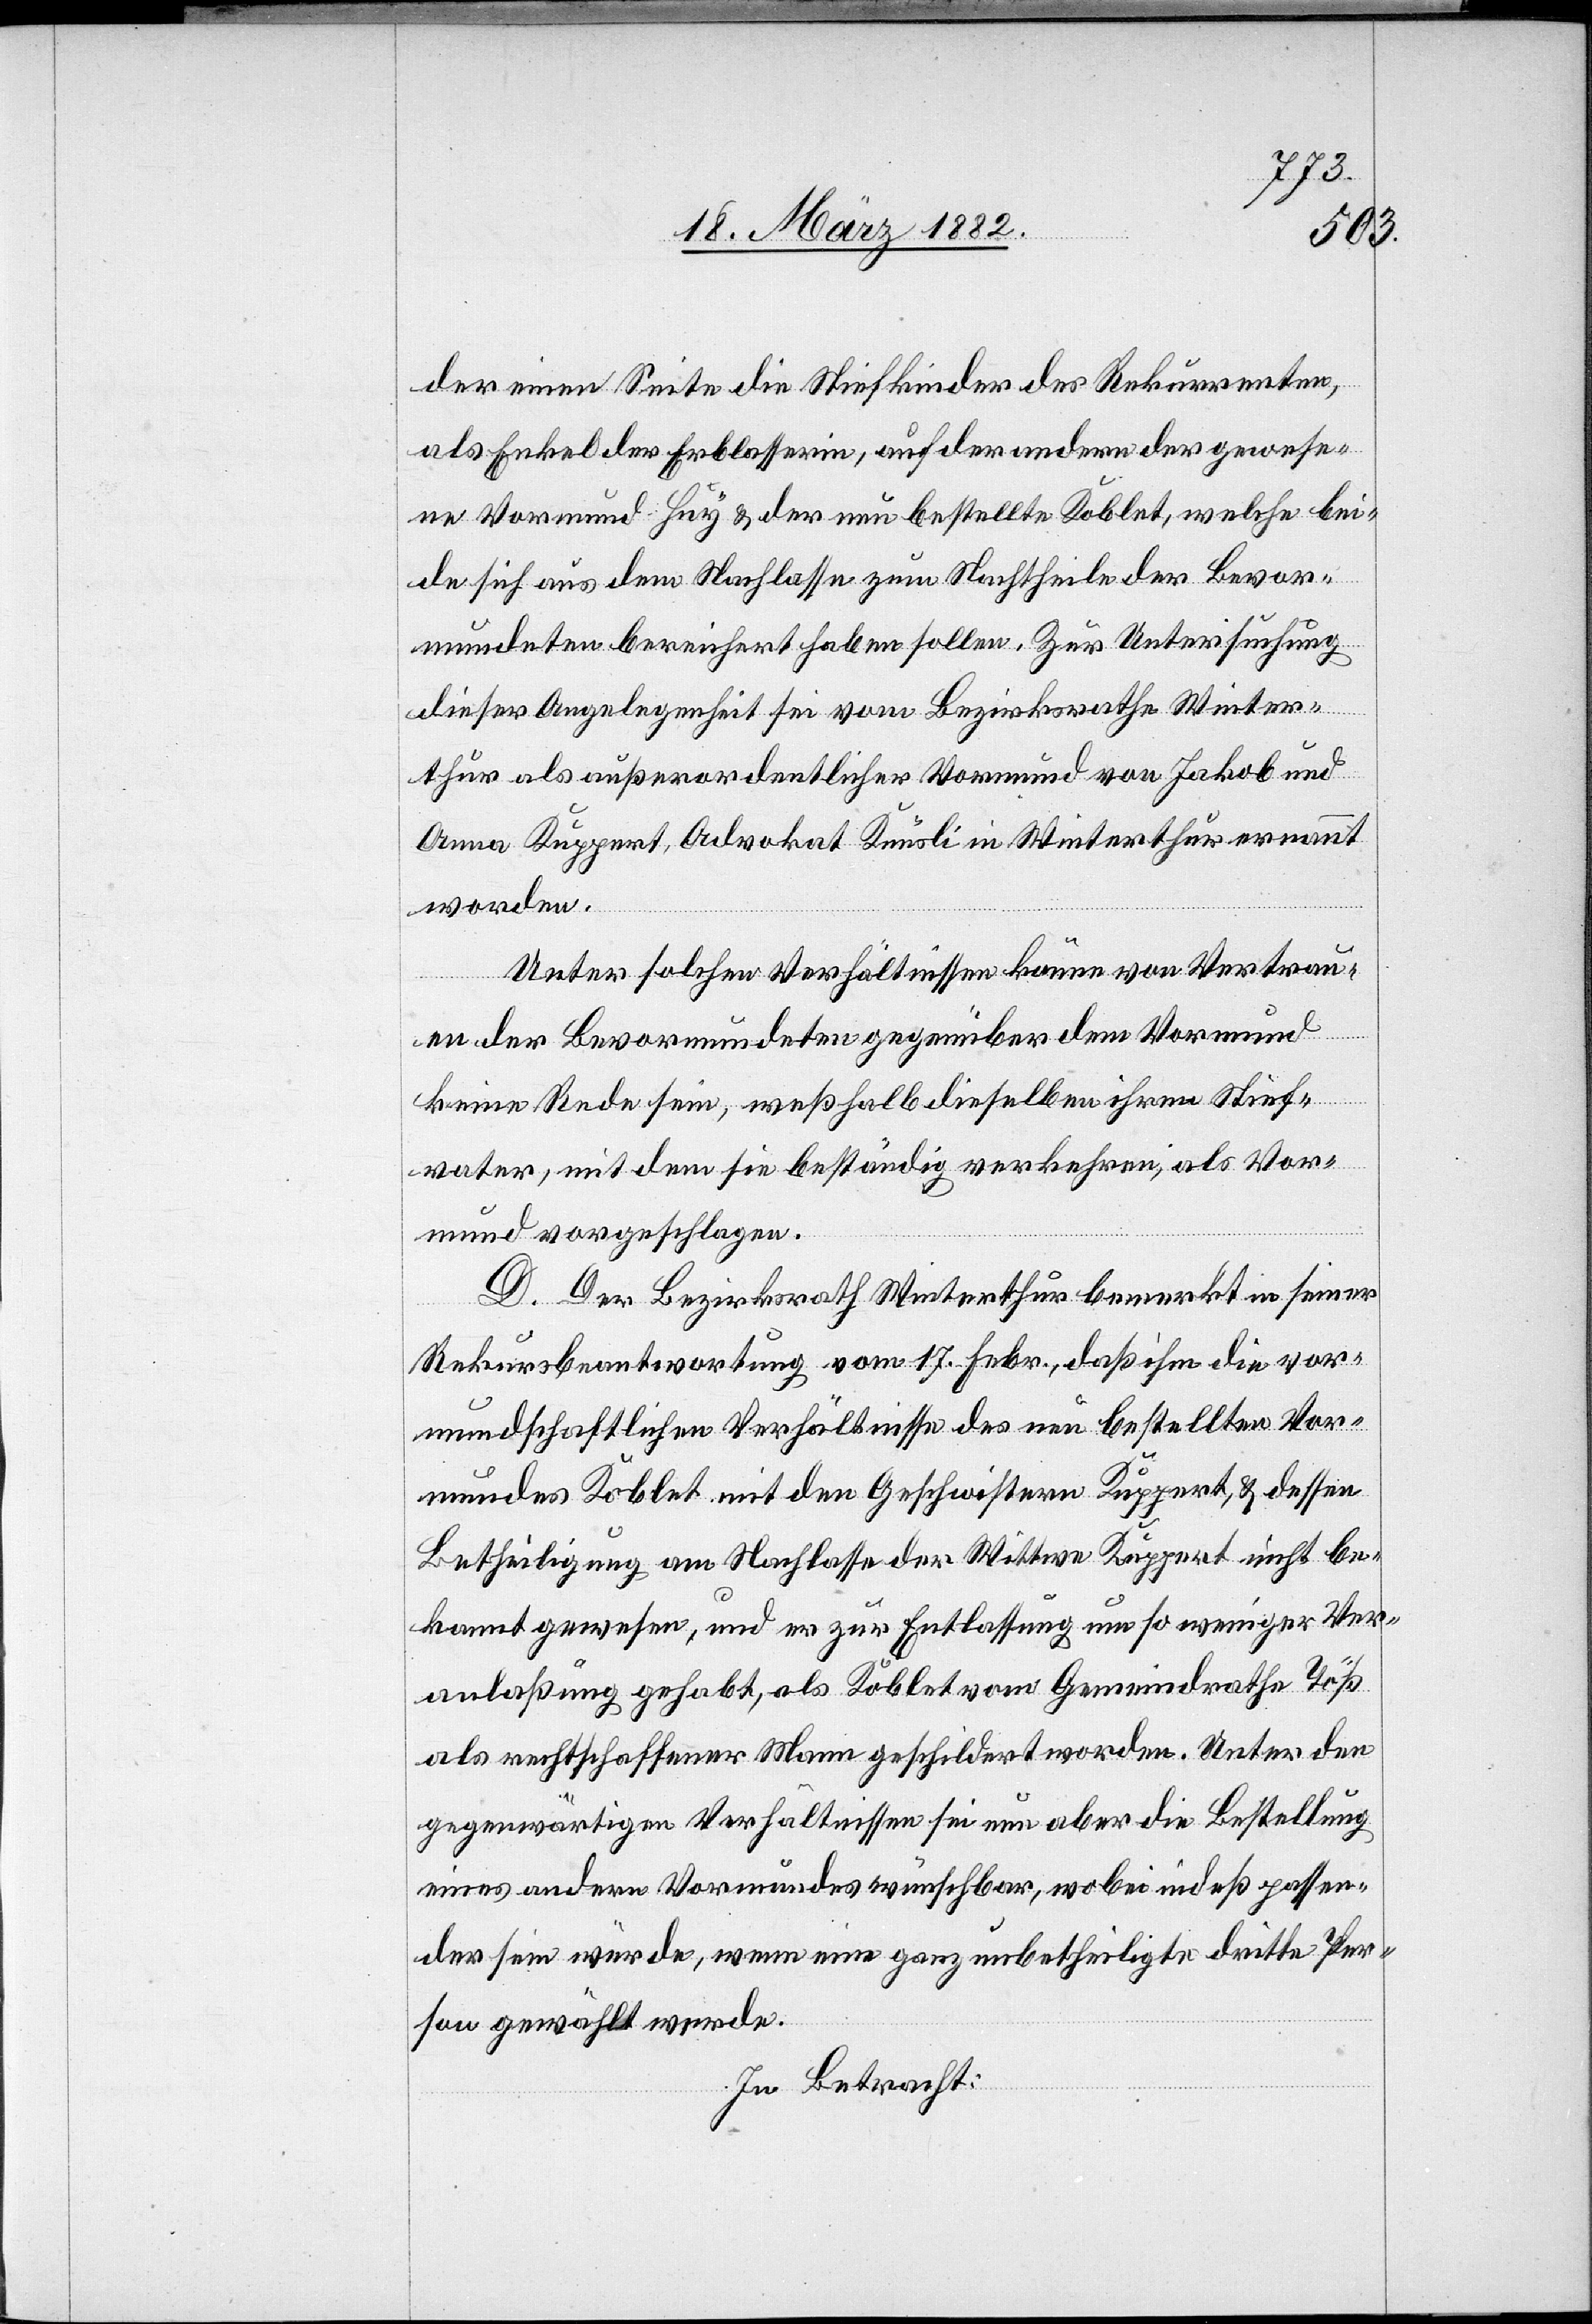
der einen Seite die Stiefkinder des Rekurrenten,
als Enkel der Erblasserin, auf der andern der gewese¬
ne Vormund Huy & der neu bestellte Koblet, welche bei¬
de sich aus dem Nachlasse zum Nachtheile der Bevor¬
mundeten bereichert haben sollen. Zur Untersuchung
dieser Angelegenheit sei vom Bezirksrathe Winter¬
thur als außerordentlicher Vormund von Jakob und
Anna Kuppert, Advokat Knüsli in Winterthur ernannt
worden.
Unter solchen Verhältnissen könne vom Vertraut¬
en der Bevormundeten gegenüber dem Vormund
keine Rede sein, weßhalb dieselben ihren Stief¬
vater, mit dem sie beständig verkehren, als Vor¬
mund vorgeschlagen.
D. Der Bezirksrath Winterthur bemerkt in seiner
Rekursbeantwortung vom 17. Febr., daß ihm die vor¬
mundschaftlichen Verhältnisse des neu bestellten Vor¬
mundes Koblet mit den Geschwistern Kuppert, & dessen
Betheiligung am Nachlasse der Wittwe Kuppert nicht be¬
kannt gewesen, und er zur Entlassung um so weniger Ver¬
anlaßung gehabt, als Koblet vom Gemeindrathe Töß
als rechtschaffener Mann geschildert worden. Unter den
gegenwärtigen Verhältnissen sei nun aber die Bestellung
eines andern Vormundes wünschbar, wobei indeß passen¬
der sein würde, wenn eine ganz unbetheiligte dritte Per¬
son gewählt werde.
In Betracht: